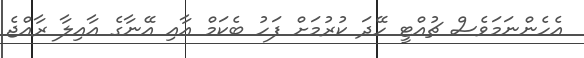
އެހެންނަމަވެސް ޗުއްޓީ ހޭދަ ކުރުމަށް ފަހު ބެކަމް އާއި އޭނާގެ އާއިލާ ރާއްޖެ